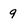
Character: 9